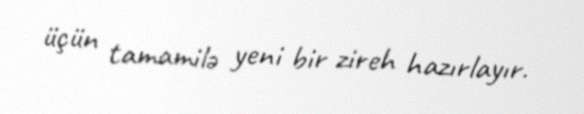
üçün tamamilə yeni bir zireh hazırlayır.